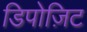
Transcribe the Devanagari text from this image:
डिपोज़िट